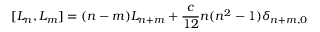
[ L _ { n } , L _ { m } ] = ( n - m ) L _ { n + m } + \frac { c } { 1 2 } n ( n ^ { 2 } - 1 ) \delta _ { n + m , 0 }